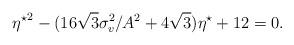
LaTeX: \begin{align*}{\eta^{\star}}^2-(16\sqrt{3}\sigma_v^2/A^2+4\sqrt{3})\eta^{\star}+12=0.\end{align*}